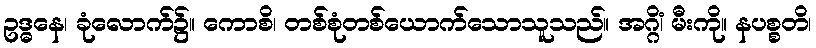
ဥဒ္ဓနေ၊ ခုံလောက်၌။ ကောစိ၊ တစ်စုံတစ်ယောက်သောသူသည်။ အဂ္ဂိံ၊ မီးကို။ နပစ္စတိ၊